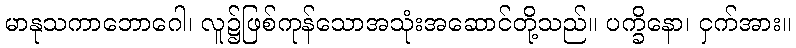
မာနုသကာဘောဂေါ၊ လူ၌ဖြစ်ကုန်သောအသုံးအဆောင်တို့သည်။ ပက္ခိနော၊ ငှက်အား။